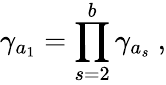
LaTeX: \gamma_{a_{1}}=\prod_{s=2}^{b}\gamma_{a_{s}}~,